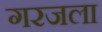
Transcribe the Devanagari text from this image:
गरजला